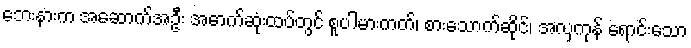
ဘေးနားက အဆောက်အဦး အောက်ဆုံးထပ်တွင် စူပါမားကတ်၊ စားသောက်ဆိုင်၊ အလှကုန် ရောင်းသော